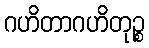
ဂဟိတာဂဟိတုဉ္စ